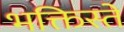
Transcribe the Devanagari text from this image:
भक्तिस्ते